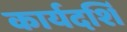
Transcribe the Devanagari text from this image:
कार्यदर्शि